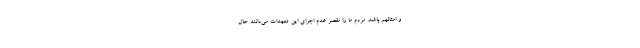
و امثالهم باشد. مردم ما را مقصر عدم اجراي اين تعهدات مي‌دانند حال